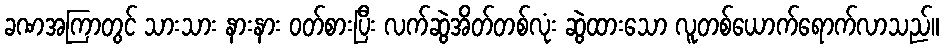
ခဏအကြာတွင် သားသား နားနား ဝတ်စားပြီး လက်ဆွဲအိတ်တစ်လုံး ဆွဲထားသော လူတစ်ယောက်ရောက်လာသည်။